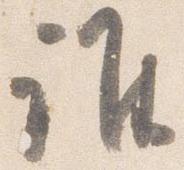
誰